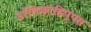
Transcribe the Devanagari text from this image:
डॉलिकोहिप्पस